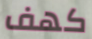
كهف